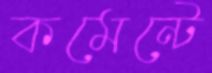
কমেন্টে